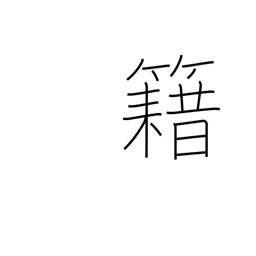
Meaning: membership